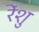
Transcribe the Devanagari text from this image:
रेंशु